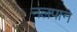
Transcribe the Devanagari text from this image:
नलपान